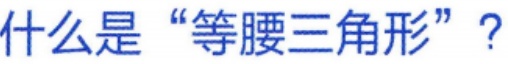
什么是 “等腰三角形”？